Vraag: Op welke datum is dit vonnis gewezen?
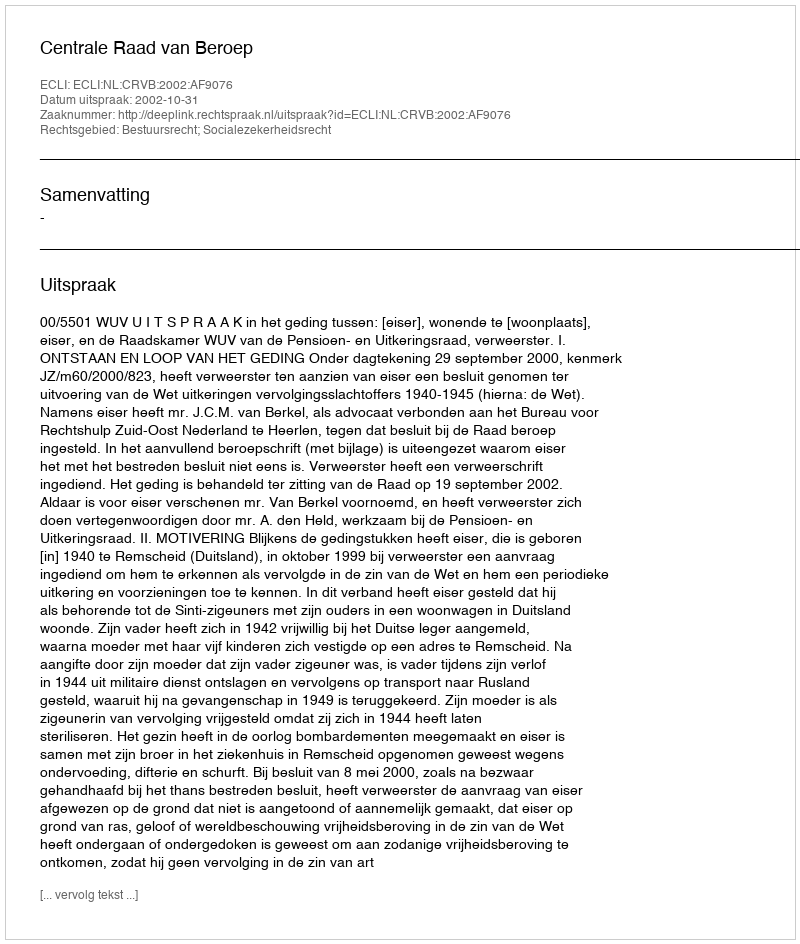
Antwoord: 2002-10-31